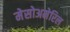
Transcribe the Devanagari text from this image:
मेसोअमेरिल